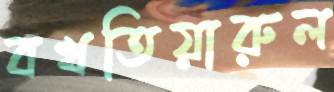
বখতিয়ারুল